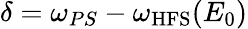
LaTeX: \delta=\omega_{PS}-\omega_{\mathrm{{HFS}}}(E_{0})